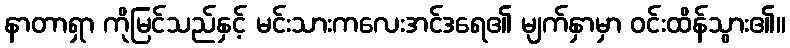
နာတာရှာ ကိုမြင်သည်နှင့် မင်းသားကလေးအင်ဒရေ၏ မျက်နှာမှာ ဝင်းထိန်သွား၏။